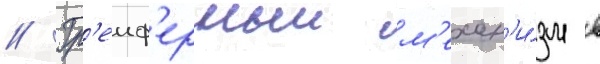
// Гр'еиф'ерныи м'ехан'и́зм в